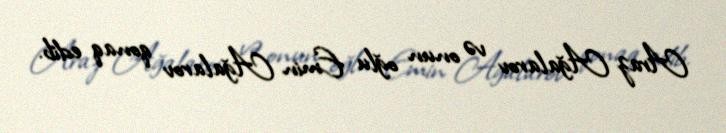
Araz Ağalarov və onun oğlu Emin Ağalarov qonaq edib.